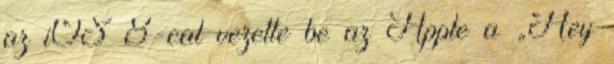
az iOS 8-cal vezette be az Apple a „Hey